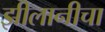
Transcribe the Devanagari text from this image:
झीलानीचा